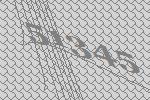
51345